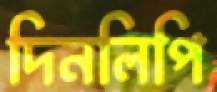
দিনলিপি